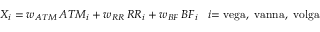
X _ { i } = w _ { A T M } \, { A T M _ { i } } + w _ { R R } \, { R R _ { i } } + w _ { B F } \, { B F _ { i } } \, \, \, \, \, i { \mathrm { = v e g a , ~ v a n n a , ~ v o l g a } }